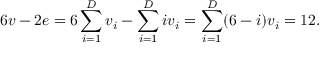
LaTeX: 6 v - 2 e = 6 \sum _ { i = 1 } ^ { D } v _ { i } - \sum _ { i = 1 } ^ { D } i v _ { i } = \sum _ { i = 1 } ^ { D } ( 6 - i ) v _ { i } = 1 2 .